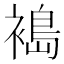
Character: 𫌈